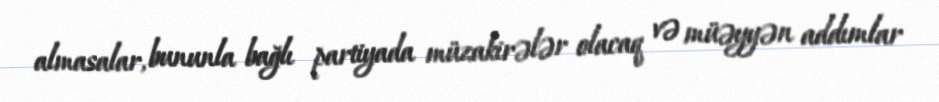
almasalar, bununla bağlı partiyada müzakirələr olacaq və müəyyən addımlar